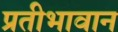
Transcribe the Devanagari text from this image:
प्रतीभावान